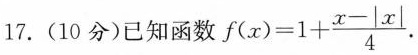
17.(10分)已知函数 $$f ( x ) = 1 + \frac { x - | x | } { 4 }$$。